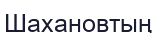
Шахановтың